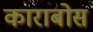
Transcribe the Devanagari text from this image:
काराबोस